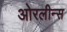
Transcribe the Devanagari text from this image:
ओरलीन्स